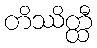
တိဿိတ္ထီ